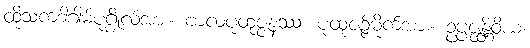
ထိုသကဒါဂါမ်ပုဂ္ဂိုလ်အား။ ဗာလပုထုဇ္ဇနဿ၊ ပုထုဇဉ်မိုက်အား။ ဥပ္ပဇ္ဇန္တိဝိယ၊